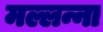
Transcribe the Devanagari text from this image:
मल्लन्ना